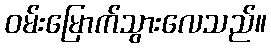
ဝမ်းမြောက်သွားလေသည်။